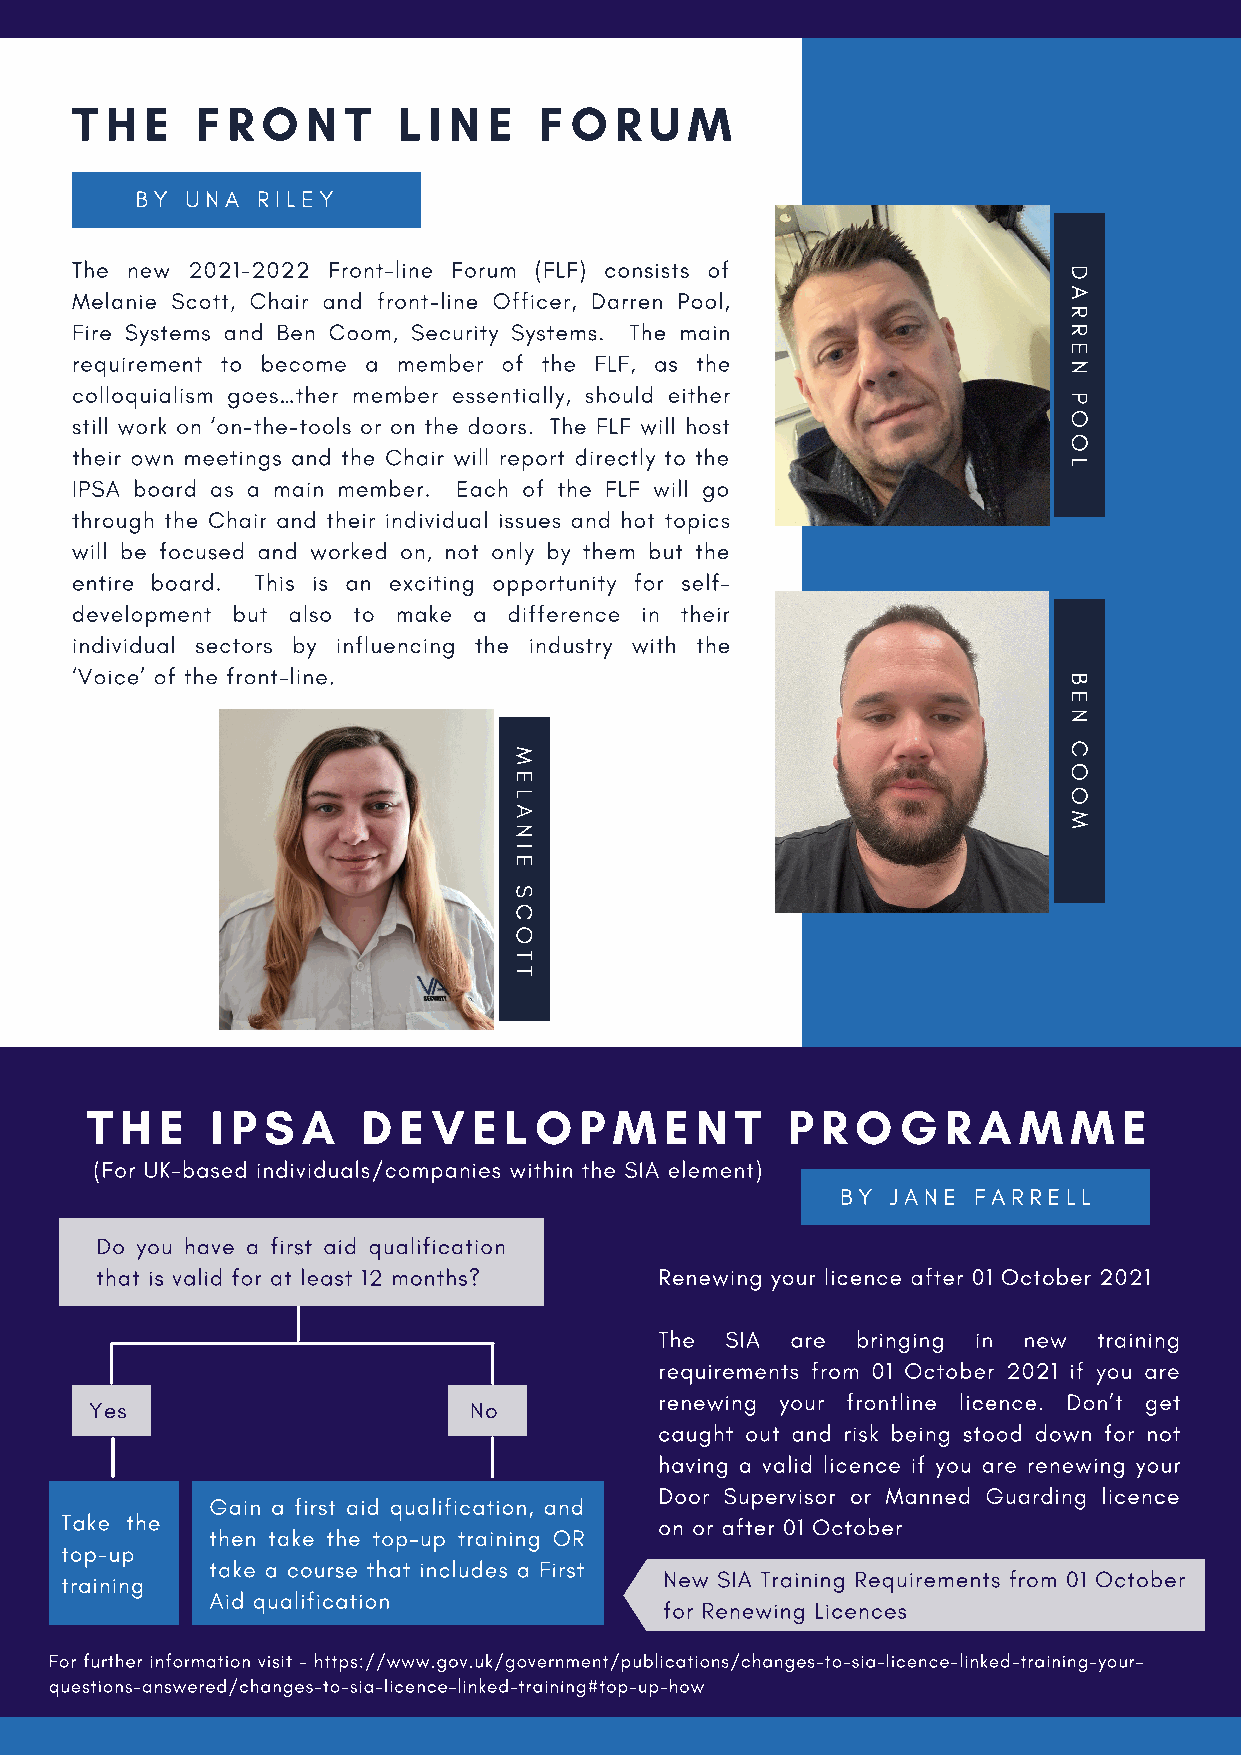
T H  E  F R O  N  T  L I N E   F O  R U  M
 BY UNA  RILEY
 The new 2021-2022 Front-line Forum (FLF) consists of
 D
 Melanie Scott, Chair and front-line Officer, Darren Pool,         A
 R
 Fire Systems and Ben Coom, Security Systems. The main
 R
 E
 requirement to become a member of the FLF, as the
 N
 colloquialism goes…ther member essentially, should either
 P
 still work on ‘on-the-tools or on the doors. The FLF will host    O
 O
 their own meetings and the Chair will report directly to the
 L
 IPSA board as a main member. Each of the FLF will go
 through the Chair and their individual issues and hot topics
 will be focused and worked on, not only by them but the
 entire board. This is an exciting opportunity for self-
 development but also to make a difference in their
 individual sectors by influencing the industry with the
 ‘Voice’ of the front-line.
 B
 E
 N
 C
 M
 O
 E
 L                                    O
 A
 M
 N
 I
 E
 S
 C
 O
 T
 T
 T H  E  I P S A   D E  V E L O  P  M  E N  T  P R  O  G  R A M   M  E
 (For UK-based individuals/companies within the SIA element)
 BY JANE FARRELL
 Do you have a fMirsEt LaAidN qIuEa liSfiCcaOtioTnT
 that is valid for at least 12 months? Renewing your licence after 01 October 2021
 The SIA are  bringing in new training
 requirements from 01 October 2021 if you are
 renewing your frontline licence. Don’t get
 Yes                      No
 caught out and risk being stood down for not
 having a valid licence if you are renewing your
 Door Supervisor or Manned Guarding licence
 Gain a first aid qualification, and
 Take the                                on or after 01 October
 then take the top-up training OR
 top-up
 take a course that includes a First
 training                                New SIA Training Requirements from 01 October
 Aid qualification
 for Renewing Licences
 For further information visit - https://www.gov.uk/government/publications/changes-to-sia-licence-linked-training-your-
 questions-answered/changes-to-sia-licence-linked-training#top-up-how